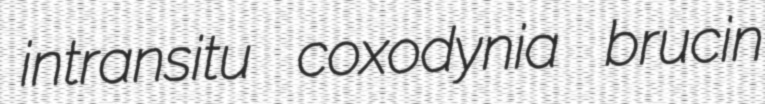
intransitu coxodynia brucin